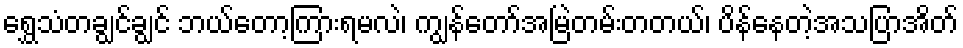
ရွှေသံတချွင်ချွင် ဘယ်တော့ကြားရမလဲ၊ ကျွန်တော်အမြဲတမ်းတတယ်၊ ပိန်နေတဲ့အသပြာအိတ်